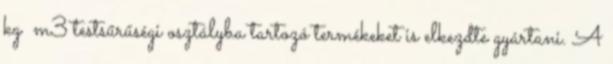
kg m3 testsűrűségi osztályba tartozó termékeket is elkezdte gyártani. A